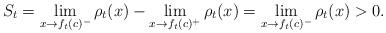
LaTeX: \begin{align*}S_t = \lim_{x\rightarrow f_t(c)^-} \rho_t(x)- \lim_{x\rightarrow f_t(c)^+} \rho_t(x) = \lim_{x\rightarrow f_t(c)^-} \rho_t(x) >0.\end{align*}